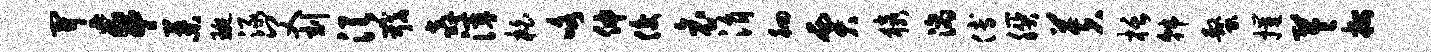
开车叶琬渌父刻须戢奔滓柏咯伸俊哀涓徊贾猿滴傅朕芙栝韩螯摧苓按